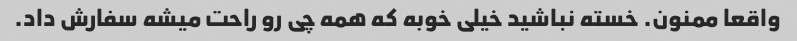
واقعا ممنون. خسته نباشید خیلی خوبه که همه چی رو راحت میشه سفارش داد.